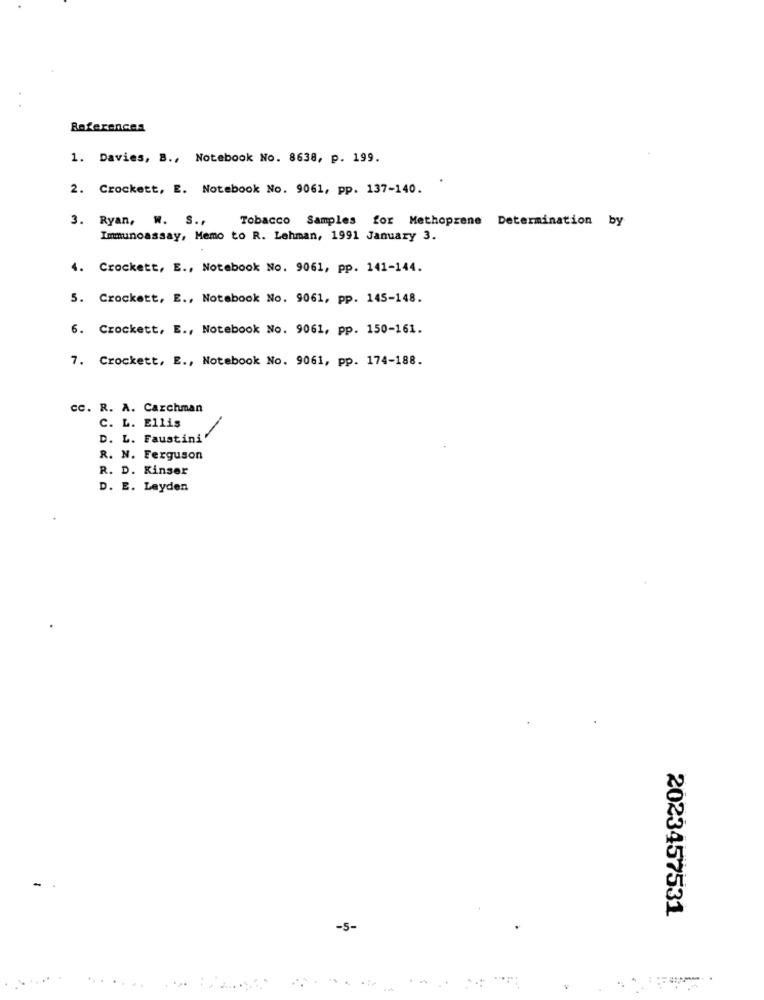
References
1. Davies, B ., Notebook No. 8638, p. 199.
2. Crockett, E. Notebook No. 9061, pp. 137-140.
3. Ryan, W. S .,
Tobacco Samples for Methoprene Determination by
Immunoassay, Memo to R. Lehman, 1991 January 3.
4. Crockett, E ., Notebook No. 9061, pp. 141-144.
5. Crockett, E ., Notebook No. 9061, pp. 145-148.
6. Crockett, E ., Notebook No. 9061, pp. 150-161.
7. Crockett, E ., Notebook No. 9061, pp. 174-188.
cc. R. A. Carchman
C. L. Ellis
D. L. Faustini
R. N. Ferguson
R. D. Kinser
D. E. Leyden
2023457531
-5-